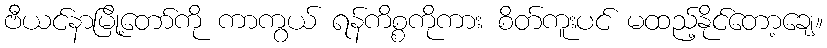
ဗီယင်နာမြို့တော်ကို ကာကွယ် ရန်ကိစ္စကိုကား စိတ်ကူးပင် မထည့်နိုင်တော့ချေ။